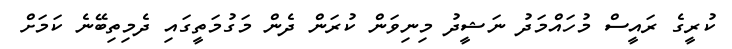
ކުރީގެ ރައީސް މުހައްމަދު ނަޝީދު މިނިވަން ކުރަން ދެން މަގުމަތީގައި ދެމިތިބޭނެ ކަމަށް